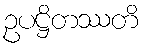
ဥပဋ္ဌိတဿတိ